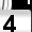
Digit: 4